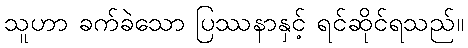
သူဟာ ခက်ခဲသော ပြဿနာနှင့် ရင်ဆိုင်ရသည်။